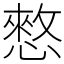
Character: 憗